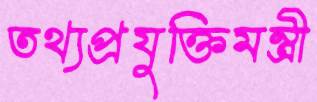
তথ্যপ্রযুক্তিমন্ত্রী